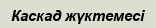
Каскад жүктемесі